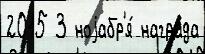
2015 3 ноjабр'я́ награ́да